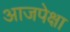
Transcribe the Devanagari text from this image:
आजपेक्षा